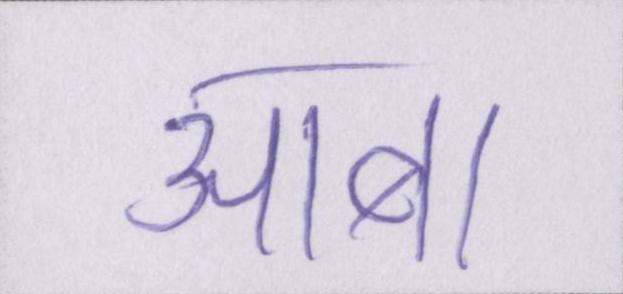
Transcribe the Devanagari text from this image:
आबा